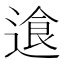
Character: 𬨷